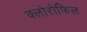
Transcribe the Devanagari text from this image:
क्‍लोरोफिल